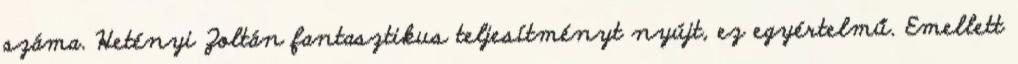
száma. Hetényi Zoltán fantasztikus teljesítményt nyújt, ez egyértelmű. Emellett